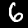
Label: 6